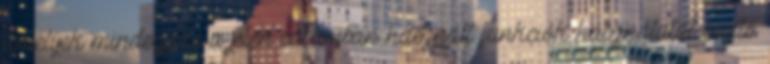
amelyek mindegyike a jelen sablonban használt funkciók használatát segítő